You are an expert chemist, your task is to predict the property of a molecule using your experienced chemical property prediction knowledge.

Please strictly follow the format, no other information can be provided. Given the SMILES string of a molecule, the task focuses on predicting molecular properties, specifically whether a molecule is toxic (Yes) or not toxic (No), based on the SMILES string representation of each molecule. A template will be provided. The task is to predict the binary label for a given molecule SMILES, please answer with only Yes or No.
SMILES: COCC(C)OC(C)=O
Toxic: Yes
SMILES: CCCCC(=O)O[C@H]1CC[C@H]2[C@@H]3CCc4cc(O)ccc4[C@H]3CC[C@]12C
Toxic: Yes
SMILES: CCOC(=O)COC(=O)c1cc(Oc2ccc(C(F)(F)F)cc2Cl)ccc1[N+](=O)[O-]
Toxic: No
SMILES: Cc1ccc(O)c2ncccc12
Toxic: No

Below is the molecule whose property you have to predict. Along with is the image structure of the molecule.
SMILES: O=[PH](O)c1ccccc1
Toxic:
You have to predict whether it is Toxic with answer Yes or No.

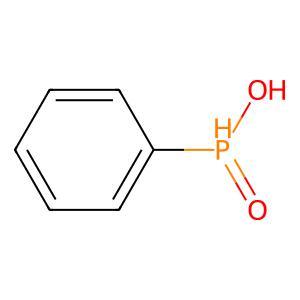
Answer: No